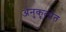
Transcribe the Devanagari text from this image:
अनुकूलोत